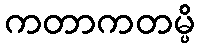
ကတာကတမ္ပိ